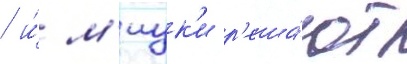
/ и́ м'иук'и р'еша́ют